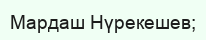
Мардаш Нүрекешев;